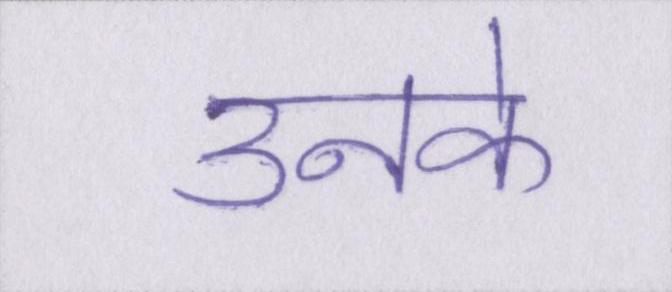
उनके